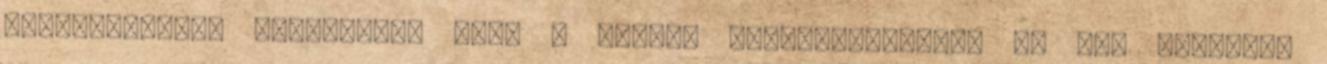
jelentőséggel bírhatott, mint a modern társadalmakban. Ez azt jelenti,